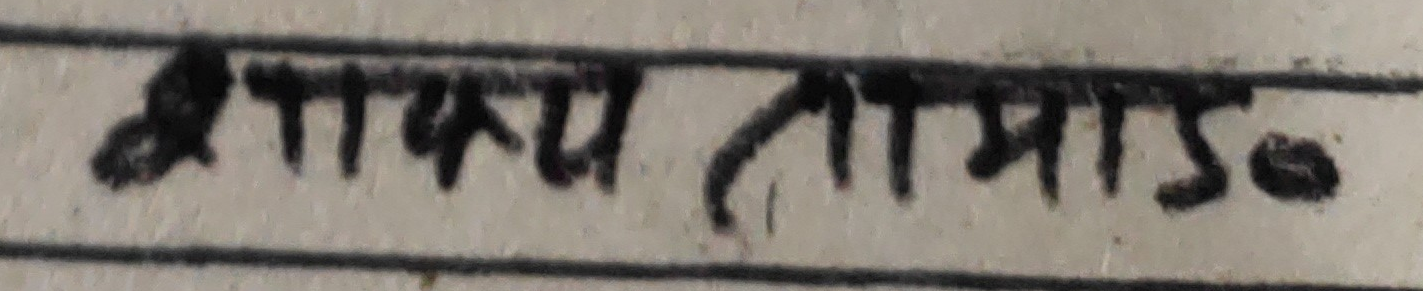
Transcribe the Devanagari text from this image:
श्रावण लामाड